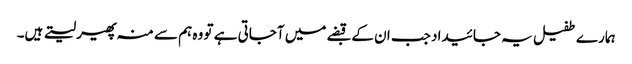
ہمارے طفیل یہ جائیداد جب ان کے قبضے میں آجاتی ہے تو وہ ہم سے منہ پھیر لیتے ہیں۔